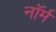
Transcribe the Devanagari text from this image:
नाॅर्म